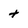
Character: t